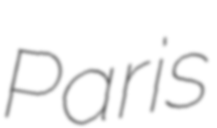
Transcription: Paris